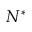
N ^ { * }